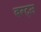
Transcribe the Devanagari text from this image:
बग्ट्स